Lunatic asylums Madras 1877-1891 - 1877-1891
Year: 1877
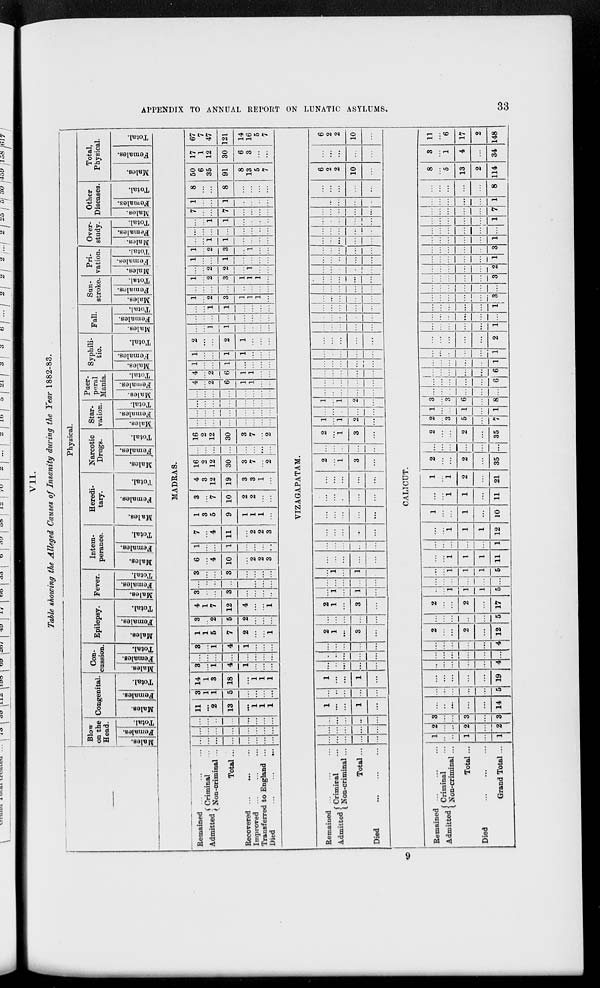
APPENDIX TO ANNUAL REPORT ON LUNATIC ASYLUMS.
33
VII.
Table showing the Alleged Causes of Insanity during the Year 1882-83.
—
Physical.
Blow
on the
Head.
Males.
Females.
Total.
Congenital.
Males.
Females.
Total.
Con-
cussion.
Males.
Females.
Total.
Epilepsy.
Males.
Females.
Total.
Fever.
Males.
Females.
Total.
Intem-
perance.
Males.
Females.
Total.
Heredi-
tary.
Males.
Females.
Total.
Narcotic
Drugs.
Males.
Females.
Total.
Star-
vation.
Males.
Females.
Total.
Puer-
peral
Mania.
Males.
Females.
Total.
Syphili-
tic.
Males.
Females.
Total.
Fall.
Males.
Females.
Total.
Sun-
stroke.
Males.
Females.
Total.
Pri-
vation.
Males,
Females.
Total.
Over-
study.
Males.
Females.
Total.
Other
Diseases.
Males.
Females.
Total.
Total,
Physical.
Males.
Females.
Total.
MADRAS.
Remained ... ... ...
Admitted
Criminal ...
Non-criminal ...
Total ...
Recovered ... ... ...
Improved ... ... ...
Transferred to England ...
Died
...
...
...
...
...
...
...
...
...
...
...
...
...
...
...
...
...
...
...
...
...
...
...
...
...
...
...
11
...
2
13
...
1
1
1
3
1
1
5
...
...
...
...
14
1
3
18
...
1
1
1
3
...
1
4
1
...
...
...
...
...
...
...
...
...
...
...
3
...
1
4
1
...
...
...
1
1
5
7
2
...
...
1
3
...
2
5
2
...
...
...
4
1
7
12
4
...
...
1
3
...
...
3
...
...
...
...
...
...
...
...
...
...
...
...
3
...
...
3
...
...
...
...
6
...
4
10
...
2
2
3
1
...
...
1
...
...
...
...
7
...
4
11
...
2
2
3
1
3
5
9
1
1
1
...
3
...
7
10
2
2
...
...
4
3
12
19
3
3
1
...
16
2
12
30
3
7
...
2
...
...
...
...
...
...
...
...
16
2
12
30
3
7
...
2
...
...
...
...
...
...
...
...
...
...
...
...
...
...
...
...
...
...
...
...
...
...
...
...
...
...
...
...
...
...
...
...
4
...
2
6
1
1
...
...
4
...
2
6
1
1
...
...
1
...
...
1
...
...
...
...
1
...
...
1
1
...
...
...
2
...
...
2
1
...
...
...
...
...
1
1
...
...
...
...
...
...
...
...
...
...
...
...
...
...
1
1
...
...
...
...
1
...
2
3
1
1
1
...
...
...
...
...
...
...
...
...
1
...
2
3
1
1
1
...
...
...
2
2
...
1
...
...
1
...
...
1
...
...
...
...
1
...
2
3
...
1
...
...
...
...
1
1
...
...
...
...
...
...
...
...
...
...
...
...
...
...
1
1
...
...
...
...
7
...
...
7
...
...
...
...
1
...
...
1
...
...
...
...
8
...
...
8
...
...
...
...
50
6
35
91
8
13
5
7
17
1
12
30
6
3
...
...
67
7
47
121
14
16
5
7
VIZAGAPATAM.
Remained ... ... ...
Admitted Criminal ...
Non-criminal ...
Total...
Died ... ... ...
...
...
...
...
...
...
...
...
...
...
...
...
...
...
...
1
...
...
1
...
...
...
...
...
...
1
...
...
1
...
...
...
...
...
...
...
...
...
...
...
...
...
...
...
...
2
1
...
3
...
...
...
...
...
...
2
1
...
3
...
...
1
...
1
...
...
...
...
...
...
...
1
...
1
...
...
...
...
...
...
...
...
...
...
...
...
...
...
...
...
...
...
...
...
...
...
...
...
...
...
...
...
...
...
...
2
...
1
3
...
...
...
...
...
...
2
...
1
3
...
1
...
1
2
...
...
...
...
...
...
1
...
1
2
...
...
...
...
...
...
...
...
...
...
...
...
...
...
...
...
...
...
...
...
...
...
...
...
...
...
...
...
...
...
...
...
...
...
...
...
...
...
...
...
...
...
...
...
...
...
...
...
...
...
...
...
...
...
...
...
...
...
...
...
...
...
...
...
...
...
...
...
...
...
...
...
...
...
...
...
...
...
...
...
...
...
...
...
...
...
...
...
...
...
...
...
...
...
...
...
...
...
...
...
...
...
...
...
...
...
6
2
2
10
...
...
...
...
...
...
6
2
2
10
...
CALICUT.
Remained ... ... ...
Admitted
Criminal ...
Non-criminal ...
Total...
Died ... ... ...
Grand Total ...
1
...
...
1
...
1
2
...
...
2
...
2
3
...
...
3
...
3
...
...
...
...
...
14
...
...
...
...
...
5
...
...
...
...
...
19
...
...
...
...
...
4
...
...
...
...
...
...
...
...
...
...
...
4
2
...
...
2
...
12
...
...
...
...
...
5
2
...
...
2
...
17
...
...
1
1
1
5
...
...
...
...
...
...
...
...
l
1
1
5
...
...
1
1
1
11
...
...
...
...
...
1
...
...
1
1
1
12
1
...
...
1
...
10
...
...
1
1
...
11
1
...
1
2
...
21
2
...
...
2
...
35
...
...
...
...
...
...
2
...
...
2
...
35
2
...
3
5
...
7
1
...
...
1
...
1
3
...
3
6
...
8
...
...
...
...
...
...
...
...
...
...
...
6
...
...
...
...
...
6
...
...
...
...
...
1
...
...
...
...
...
1
...
...
...
...
...
2
...
...
...
...
...
1
...
...
...
...
...
...
...
...
...
...
...
1
...
...
...
...
...
3
...
...
...
...
...
...
...
...
...
...
...
3
...
...
...
...
...
2
...
...
...
...
...
1
...
...
...
...
...
3
...
...
...
...
...
1
...
...
...
...
...
...
...
...
...
...
...
1
...
...
...
...
...
7
...
...
...
...
...
1
...
...
...
...
...
8
8
...
5
13
2
114
3
...
1
4
...
34
11
...
6
17
2
148
9